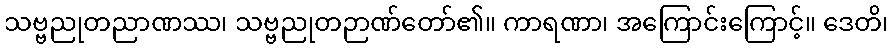
သဗ္ဗညုတညာဏဿ၊ သဗ္ဗညုတဉာဏ်တော်၏။ ကာရဏာ၊ အကြောင်းကြောင့်။ ဒေတိ၊